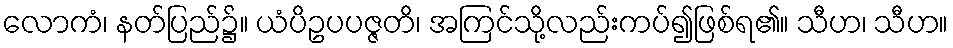
လောကံ၊ နတ်ပြည်၌။ ယံပိဥပပဇ္ဇတိ၊ အကြင်သို့လည်းကပ်၍ဖြစ်ရ၏။ သီဟ၊ သီဟ။